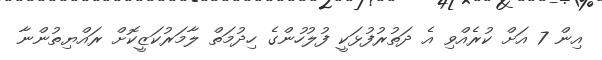
އިން 7 އަށް ކުރެއްވި އެ ދަތުރުފުޅަކީ ފުލުހުންގެ ހިދުމަތް ލާމަރުކަޒީކޮށް ރައްޔިތުންނާ